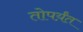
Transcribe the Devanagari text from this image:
तोपर्य़ंत